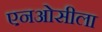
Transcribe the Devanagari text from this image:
एनओसीला